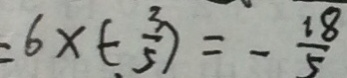
= 6 \times ( - \frac { 3 } { 5 } ) = - \frac { 1 8 } { 5 }